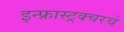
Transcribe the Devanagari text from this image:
इन्फ्रास्ट्रक्चरचे